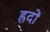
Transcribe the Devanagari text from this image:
ह्रदों